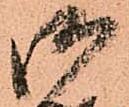
御